Scottish Leaving Certificate Examination, 1958
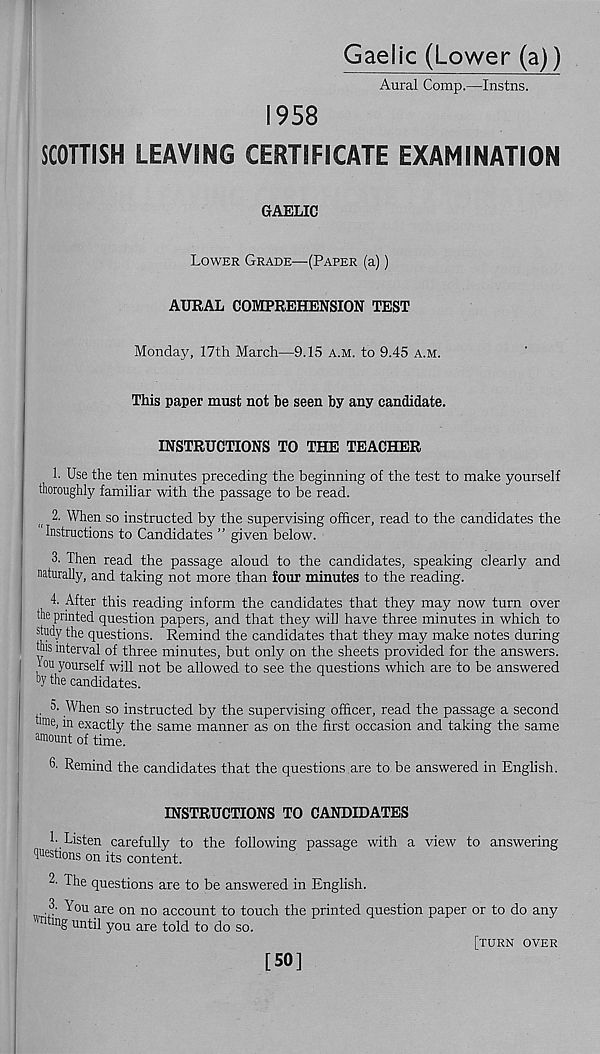
Gaelic (Lower (a))
Aural Comp.—Instns.
1958
SCOTTISH LEAVING CERTIFICATE EXAMINATION
GAELIC
Lower Grade—(Paper (a))
AURAL COMPREHENSION TEST
Monday, 17th March—9.15 a.m. to 9.45 a.m.
This paper must not be seen by any candidate.
INSTRUCTIONS TO THE TEACHER
I
I
1. Use the ten minutes preceding the beginning of the test to make yourself
thoroughly familiar with the passage to be read.
2. When so instructed by the supervising officer, read to the candidates the
Instructions to Candidates ” given below.
3. Then read the passage aloud to the candidates, speaking dearly and
naturally, and taking not more than four minutes to the reading.
4. After this reading inform the candidates that they may now turn over
the printed question papers, and that they will have three minutes in which to
study the questions. Remind the candidates that they may make notes during
this interval of three minutes, but only on the sheets provided for the answers.
I'ou yourself will not be allowed to see the questions which are to be answered
hy the candidates.
5. When so instructed by the supervising officer, read the passage a second
tune, in exactly the same manner as on the first occasion and taking the same
amount of time.
Remind the candidates that the questions are to be answered in English.
INSTRUCTIONS TO CANDIDATES
1- Listen carefully to the following passage with a view to answering
questions on its content.
2- The questions are to be answered in English.
3. You are on no account to touch the printed question paper or to do any
' ri mg until you are told to do so.
[turn over
[50]